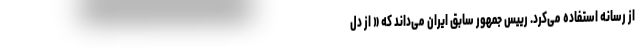
از رسانه استفاده می‌کرد. رییس جمهور سابق ایران می‌داند که « از دل